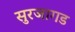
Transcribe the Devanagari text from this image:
सुरजागड